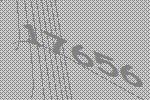
17656